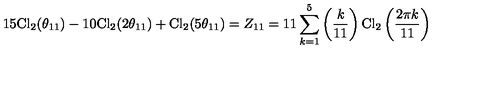
1 5 \mathrm { C l } _ { 2 } ( \theta _ { 1 1 } ) - 1 0 \mathrm { C l } _ { 2 } ( 2 \theta _ { 1 1 } ) + \mathrm { C l } _ { 2 } ( 5 \theta _ { 1 1 } ) = Z _ { 1 1 } = 1 1 \sum _ { k = 1 } ^ { 5 } \left( \frac { k } { 1 1 } \right) \mathrm { C l } _ { 2 } \left( \frac { 2 \pi k } { 1 1 } \right)